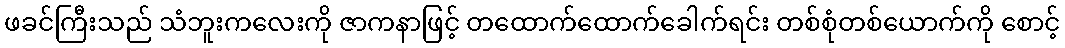
ဖခင်ကြီးသည် သံဘူးကလေးကို ဇာကနာဖြင့် တထောက်ထောက်ခေါက်ရင်း တစ်စုံတစ်ယောက်ကို စောင့်